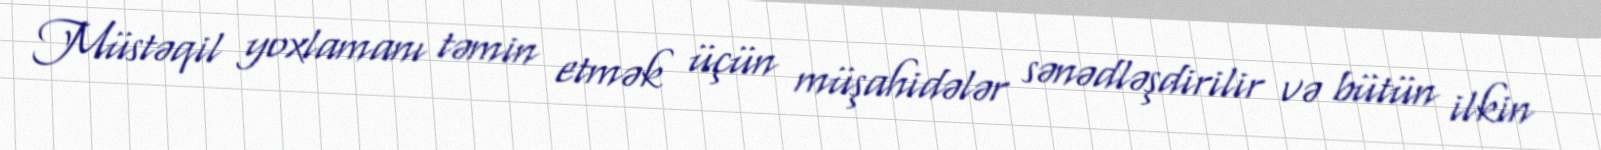
Müstəqil yoxlamanı təmin etmək üçün müşahidələr sənədləşdirilir və bütün ilkin